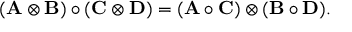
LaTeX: ( \mathbf { A } \otimes \mathbf { B } ) \circ ( \mathbf { C } \otimes \mathbf { D } ) = ( \mathbf { A } \circ \mathbf { C } ) \otimes ( \mathbf { B } \circ \mathbf { D } ) .